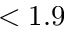
< 1 . 9